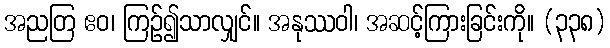
အညတြ ဧဝ၊ ကြဉ်၍သာလျှင်။ အနုဿဝါ၊ အဆင့်ကြားခြင်းကို။ (၃၃၈)